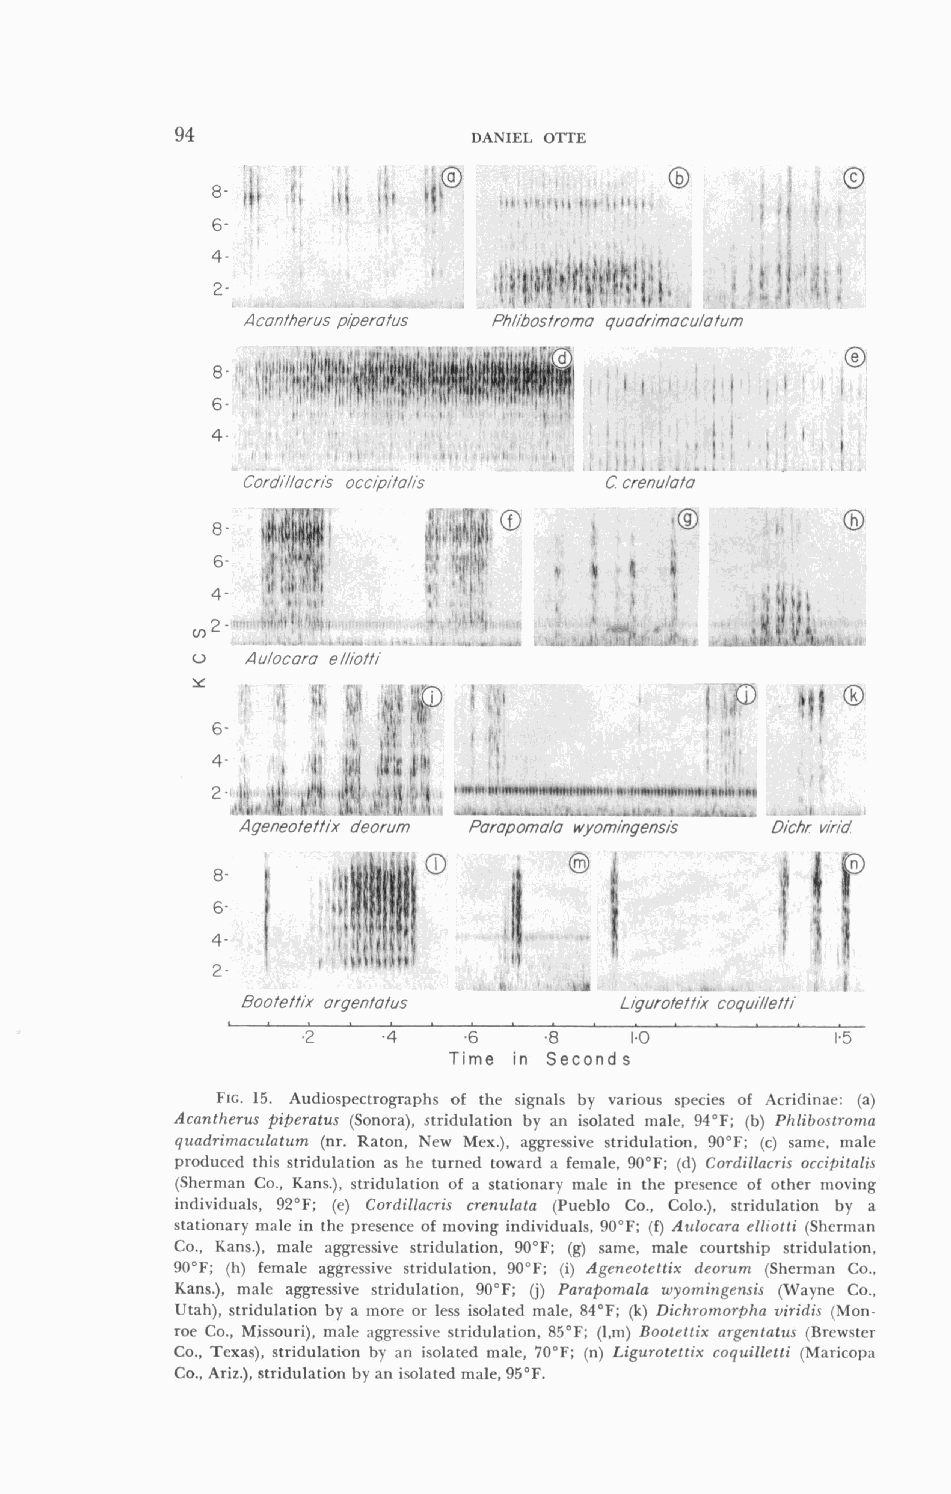
94                 DANIEL OTTE
 Acanfherus p/)erofus Phlibosfromu guodrimoculofum
 ._
 2-'
 1, J' !     1                         I
 Aqeneofeff~xd eorum Pu rupomulu wyom~nqens/s Dlchr virld
 2 -       1\ltl It(
 Boofeffix orgenfafus     Ligurof e f fix coquille f fi
 L  r
 .2         .6   -8    1.0          1.5
 Time in Seconds
 FIG. 15. Audiospectrographs of the signals by various species of Acridinae: (a)
 Acnntherus piperatus (Sonora), stridulation by an isolated male, 94°F; (b) Phlihostromn
 qundrimactrlatztm (nr. Raton, New Mex.), aggressive stridulation, 90°F; (c) same, male
 produced this stridulation as he turned toward a female, 90°F; (d) Cordillacris occifiitalis
 (Sherman Co., Kans.), stridulation of a stationary male in the presence of other moving
 individuals, 92°F; (e) Cordillacris crenulntn (Pueblo Co., Colo.), stridulation by a
 stationary male in the presence of moving individuals, 90°F; (f) A~llocarae lliotti (Sherman
 Co., Kans.), male aggressive stridulation, 90°F; (g) same, male courtship stridulation,
 90°F; (h) female aggressive stridulation, 90°F; (i) Ageneotettix deorum (Sherman Co.,
 Kans.), male aggressive stridulation, 90°F; (j) ParaPomala wyomingensis (Wayne Co.,
 Utah), stridulation by a more or less isolated male, 84°F; (k) Dichromorphn viridis (Mon-
 roe Co., Missouri), male aggressive stridulation, 85°F; (1,nl) Bootettix nrgentntus (nrewster
 Co., Texas), stridulation by an isolated male, 70°F; (n) Ligurotettix coqr~illetti( Maricopa
 Co., Ariz.), stridulation by an isolated male, 95°F.
 if